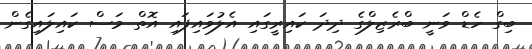
ބިގް ހެޑް ވަނީ ބްރެޒިލްގެ ދިދަ ކައިރީގައި އެލުވައިފައި އޮތް މަސް ކައިލައިގެން